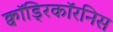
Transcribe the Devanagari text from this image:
क्वॉड्रिकॉरनिस